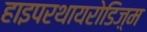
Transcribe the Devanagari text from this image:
हाइपरथायरोडिज़्म